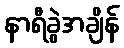
နာရီခွဲအချိန်